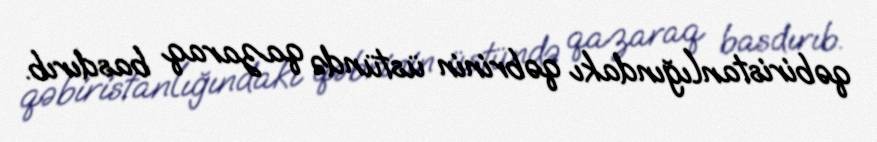
qəbiristanlığındakı qəbrinin üstündə qazaraq basdırıb.